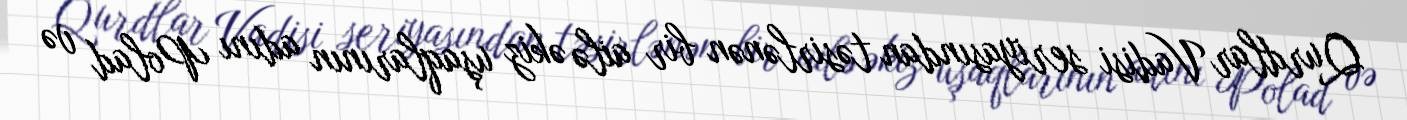
Qurdlar Vadisi seriyasından təsirlənən bir ailə əkiz uşaqlarının adını Polad və